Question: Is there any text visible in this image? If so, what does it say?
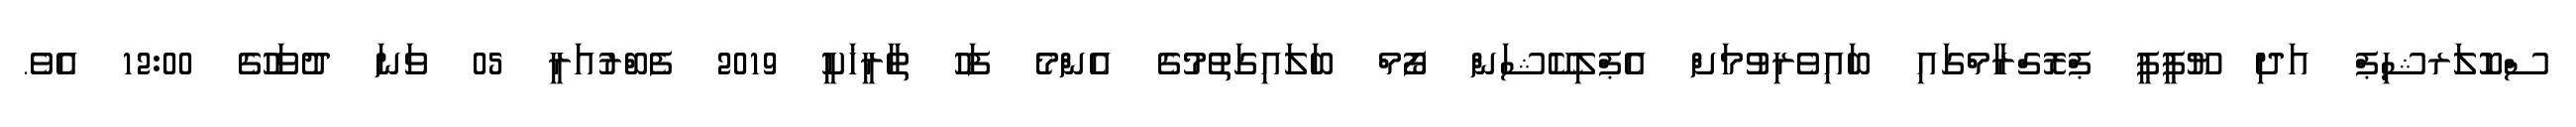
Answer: ސްކޮލަރޝިޕް އަދި ޔޫޕީޕީ ޕްރޮގްރާމްގައި ބައިވެރިވުމަށް އެޕްލިކޭޝަން ފޯމް ބަލައިގަތުމުގެ އެންމެ ފަހު ތާރީޚަކީ 2019 ފެބްރުއަރީ 05 ވަނަ ދުވަހުގެ 12:00 އެވެ.